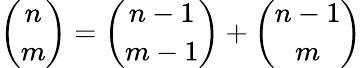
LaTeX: {\binom{n}{m}}={\binom{n-1}{m-1}}+{\binom{n-1}{m}}